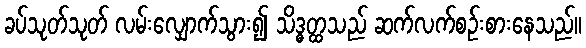
ခပ်သုတ်သုတ် လမ်းလျှောက်သွား၍ သိဒ္ဓတ္ထသည် ဆက်လက်စဉ်းစားနေသည်။